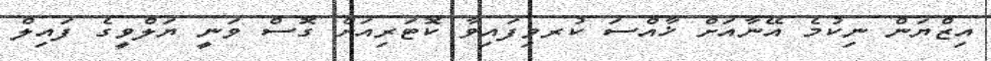
އިޒްޔަން ނިކުމެ އޭނާއަށް ޚާއްސަ ކުރވިފައިވާ ކޮޓަރިއަށް ގޮސް ވަނީ ޔަލްވީގެ ފައިލް